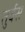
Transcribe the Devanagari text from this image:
तुर्वस